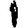
Digit: 1